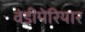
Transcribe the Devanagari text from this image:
वंडीपेरियार